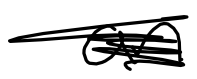
Text: an
Cross-out: scratch
Writing tool: digital_black